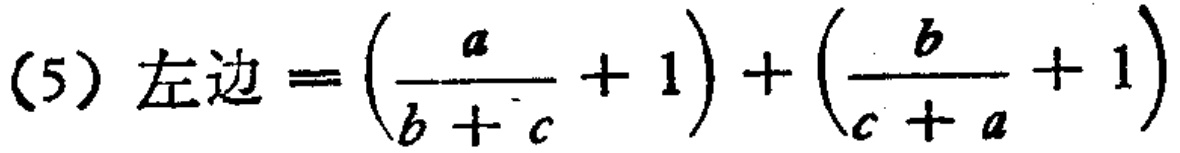
\[(5)\ 左边 = \left(\frac{a}{b + c}+ 1\right)+\left(\frac{b}{c + a}+ 1\right)\]